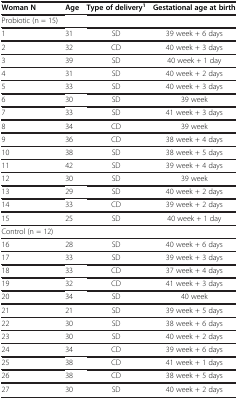
<table><thead><tr><td><b>Woman N</b></td><td><b>Age</b></td><td><b>Type of delivery<sup>1</sup></b></td><td><b>Gestational age at birth</b></td></tr></thead><tbody><tr><td>Probiotic (n = 15)</td><td> </td><td> </td><td> </td></tr><tr><td>1</td><td>31</td><td>SD</td><td>39 week + 6 days</td></tr><tr><td>2</td><td>32</td><td>CD</td><td>40 week + 3 days</td></tr><tr><td>3</td><td>39</td><td>SD</td><td>40 week + 1 day</td></tr><tr><td>4</td><td>31</td><td>SD</td><td>40 week + 2 days</td></tr><tr><td>5</td><td>33</td><td>SD</td><td>40 week + 3 days</td></tr><tr><td>6</td><td>30</td><td>SD</td><td>39 week</td></tr><tr><td>7</td><td>33</td><td>SD</td><td>41 week + 3 days</td></tr><tr><td>8</td><td>34</td><td>CD</td><td>39 week</td></tr><tr><td>9</td><td>36</td><td>CD</td><td>38 week + 4 days</td></tr><tr><td>10</td><td>38</td><td>SD</td><td>38 week + 5 days</td></tr><tr><td>11</td><td>42</td><td>SD</td><td>39 week + 4 days</td></tr><tr><td>12</td><td>30</td><td>SD</td><td>39 week</td></tr><tr><td>13</td><td>29</td><td>SD</td><td>40 week + 2 days</td></tr><tr><td>14</td><td>33</td><td>CD</td><td>39 week + 2 days</td></tr><tr><td>15</td><td>25</td><td>SD</td><td>40 week + 1 day</td></tr><tr><td>Control (n = 12)</td><td> </td><td> </td><td> </td></tr><tr><td>16</td><td>28</td><td>SD</td><td>40 week + 6 days</td></tr><tr><td>17</td><td>33</td><td>SD</td><td>39 week + 3 days</td></tr><tr><td>18</td><td>33</td><td>CD</td><td>37 week + 4 days</td></tr><tr><td>19</td><td>32</td><td>CD</td><td>41 week + 3 days</td></tr><tr><td>20</td><td>34</td><td>SD</td><td>40 week</td></tr><tr><td>21</td><td>21</td><td>SD</td><td>39 week + 5 days</td></tr><tr><td>22</td><td>30</td><td>SD</td><td>38 week + 6 days</td></tr><tr><td>23</td><td>30</td><td>SD</td><td>40 week + 2 days</td></tr><tr><td>24</td><td>34</td><td>CD</td><td>39 week + 6 days</td></tr><tr><td>25</td><td>38</td><td>CD</td><td>41 week + 1 days</td></tr><tr><td>26</td><td>38</td><td>CD</td><td>38 week + 5 days</td></tr><tr><td>27</td><td>30</td><td>SD</td><td>40 week + 2 days</td></tr></tbody></table>